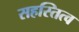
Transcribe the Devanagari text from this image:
सहस्तित्व